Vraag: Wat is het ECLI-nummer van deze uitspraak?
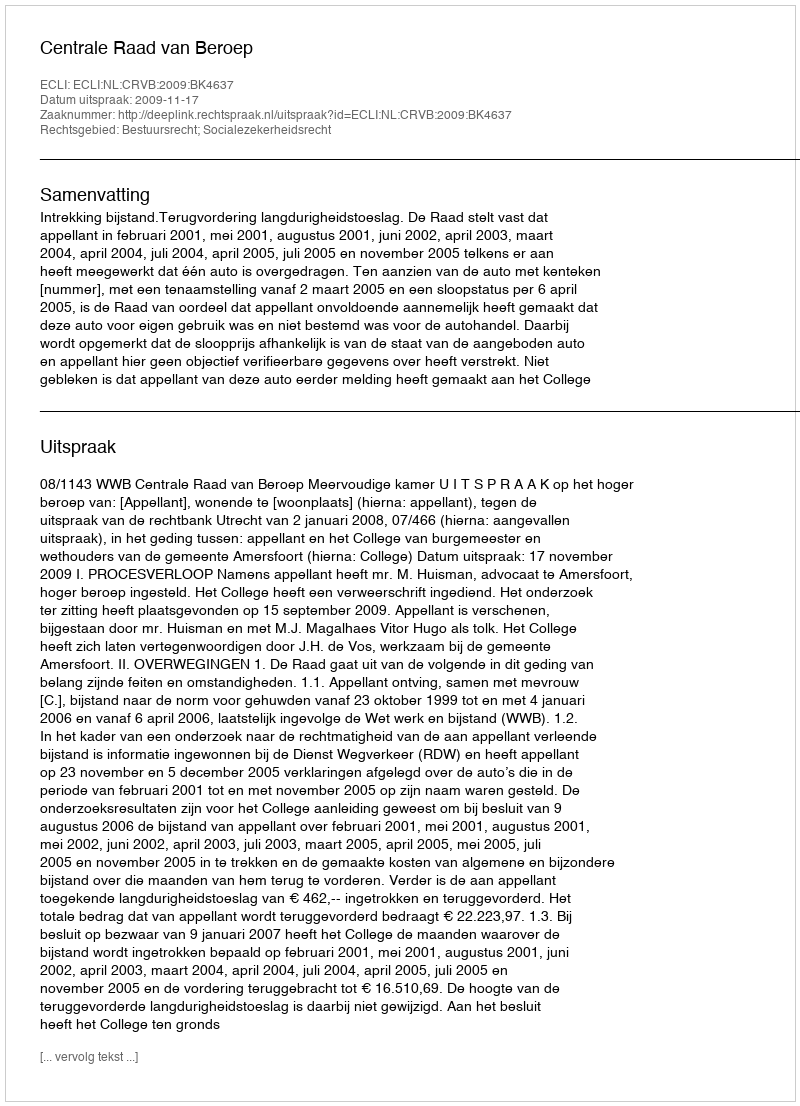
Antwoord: ECLI:NL:CRVB:2009:BK4637